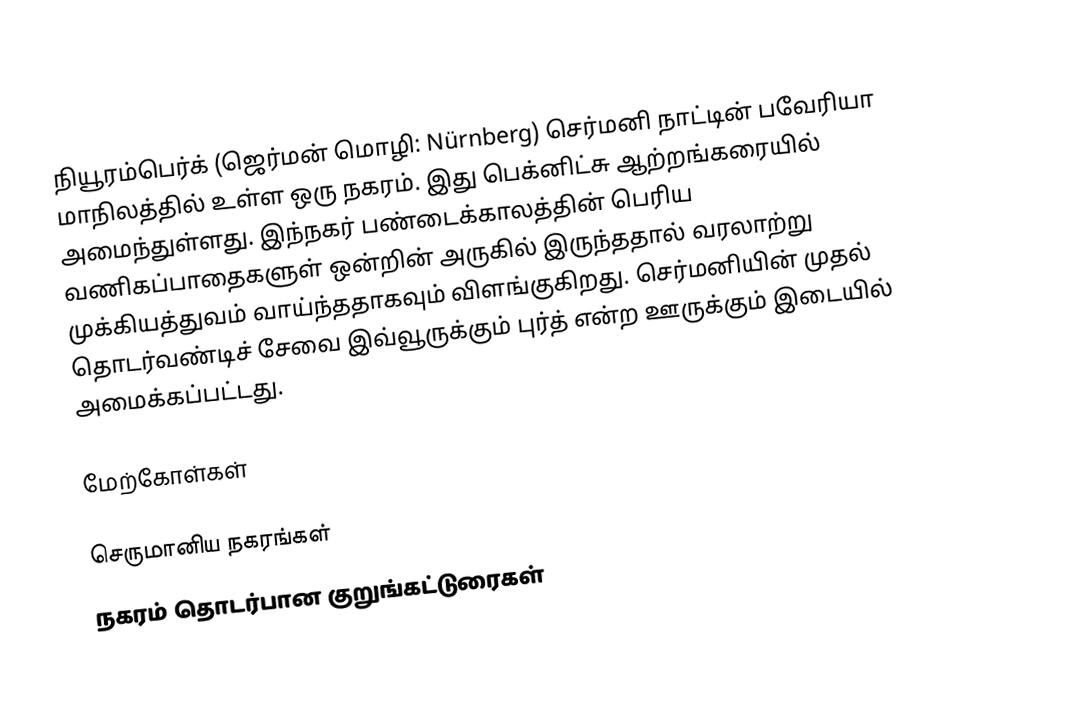
நியூரம்பெர்க் (ஜெர்மன் மொழி: Nürnberg) செர்மனி நாட்டின் பவேரியா மாநிலத்தில் உள்ள ஒரு நகரம். இது பெக்னிட்சு ஆற்றங்கரையில் அமைந்துள்ளது. இந்நகர் பண்டைக்காலத்தின் பெரிய வணிகப்பாதைகளுள் ஒன்றின் அருகில் இருந்ததால் வரலாற்று முக்கியத்துவம் வாய்ந்ததாகவும் விளங்குகிறது. செர்மனியின் முதல் தொடர்வண்டிச் சேவை இவ்வூருக்கும் புர்த் என்ற ஊருக்கும் இடையில் அமைக்கப்பட்டது.

மேற்கோள்கள்

செருமானிய நகரங்கள்
நகரம் தொடர்பான குறுங்கட்டுரைகள்